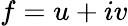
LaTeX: \displaystyle f=u+iv